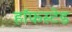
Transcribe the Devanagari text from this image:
हॉफस्टेड